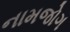
નામજોગ